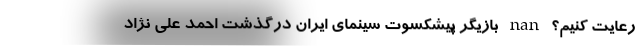
رعایت کنیم؟ nan بازیگر پیشکسوت سینمای ایران درگذشت احمد علی نژاد